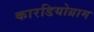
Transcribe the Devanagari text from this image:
कारडियोग्राम